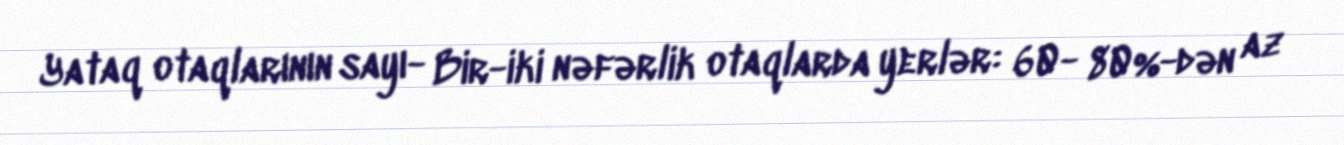
Yataq otaqlarının sayı- Bir-iki nəfərlik otaqlarda yerlər: 60- 80%-dən az